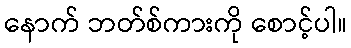
နောက် ဘတ်စ်ကားကို စောင့်ပါ။